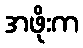
အဖိုးက